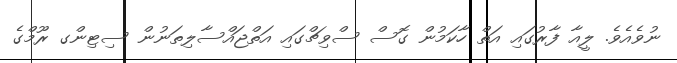
ނުވެއެވެ. ލީއާ ފާރުގައި އަތް ހާކަމުން ގޮސް ސްވިޗްގައި އަތްޖައްސާލިތަނުން ސިޓިންގ ރޫމްގެ